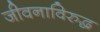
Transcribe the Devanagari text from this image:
जीवनाविरुद्ध